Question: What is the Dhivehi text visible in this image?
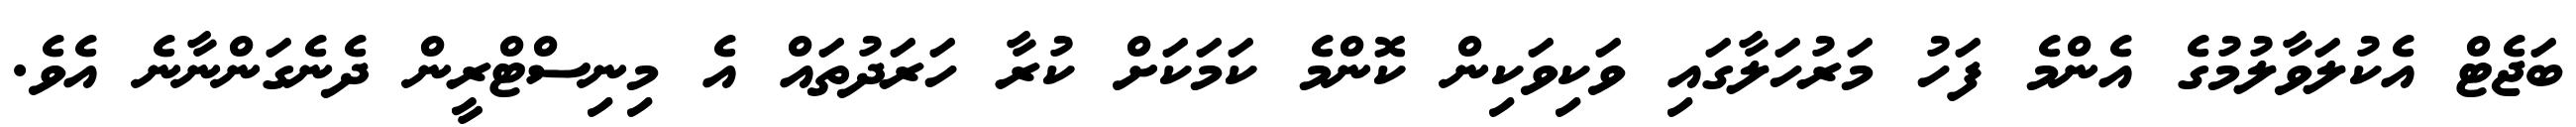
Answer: ބަޖެޓް އެކުލަވާލުމުގެ އެންމެ ފަހު މަރުހަލާގައި ވަކިވަކިން ކޮންމެ ކަމަކަށް ކުރާ ހަރަދުތައް އެ މިނިސްޓްރީން ދެނެގަންނާނެ އެވެ.